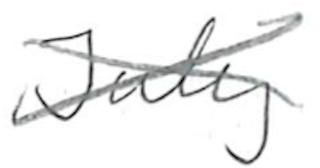
Text: July
Cross-out: mix
Writing tool: pencil